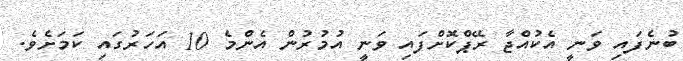
ބުނެފައި ވަނީ އެކުއްޖާ ރޭޕްކޮށްފައި ވަނީ އުމުރުން އެންމެ 10 އަހަރުގައި ކަމަށެވެ.